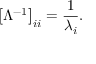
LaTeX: \left[ \Lambda ^ { - 1 } \right] _ { i i } = { \frac { 1 } { \lambda _ { i } } } .